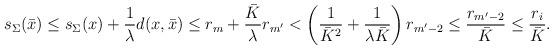
LaTeX: \begin{align*} s_\Sigma(\bar x) &\le s_\Sigma (x) + \frac{1}{\lambda} d(x,\bar x) \le r_m + \frac{\bar K}\lambda r_{m'} < \left(\frac 1{\bar K^2} + \frac 1{\lambda\bar K}\right) r_{m'-2}\le \frac{r_{m'-2}}{\bar K} \le \frac{r_i}{\bar K}.\end{align*}